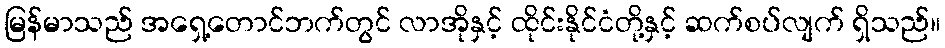
မြန်မာသည် အရှေ့တောင်ဘက်တွင် လာအိုနှင့် ထိုင်းနိုင်ငံတို့နှင့် ဆက်စပ်လျက် ရှိသည်။